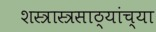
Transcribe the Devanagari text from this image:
शस्त्रास्त्रसाठ्यांच्या